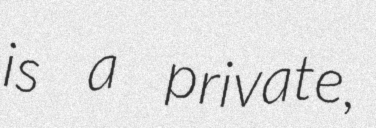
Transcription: is a private,